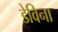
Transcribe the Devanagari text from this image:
डेविना